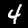
Label: 4